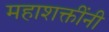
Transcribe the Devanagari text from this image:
महाशक्तींनी